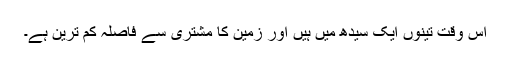
اس وقت تینوں ایک سیدھ میں ہیں اور زمین کا مشتری سے فاصلہ کم ترین ہے۔